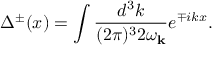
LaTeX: \Delta ^ { \pm } ( x ) = \int \frac { d ^ { 3 } k } { ( 2 \pi ) ^ { 3 } 2 \omega _ { { \bf k } } } e ^ { \mp i k x } .